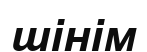
шінім